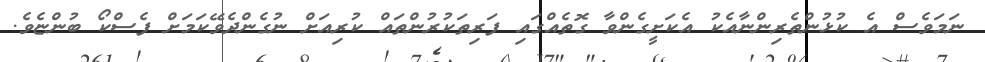
ނަމަވެސް އެ ކުޅުންތެރިންނާއެކު އެކަށީގެންވާ ގޮތެއްގައި ފަރިތަކުރުންތައް ކުރިއަށް ނުގެންދެވޭކަމަށް ފެސްކޯ ބުންޏެވެ.